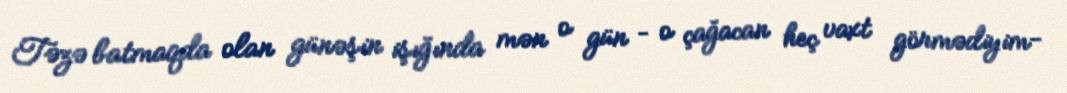
Təzə batmaqda olan günəşin işığında mən o gün – o çağacan heç vaxt görmədiyim-